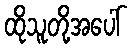
ထိုသူတို့အပေါ်